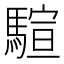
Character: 𱄨